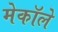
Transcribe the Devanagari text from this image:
मेकॉले